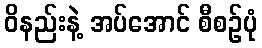
ဝိနည်းနဲ့ အပ်အောင် စီစဉ်ပုံ